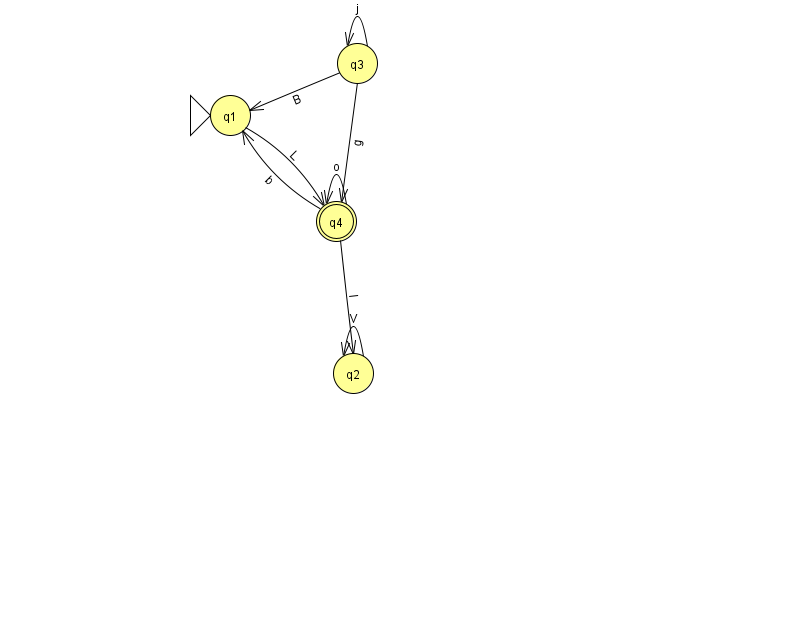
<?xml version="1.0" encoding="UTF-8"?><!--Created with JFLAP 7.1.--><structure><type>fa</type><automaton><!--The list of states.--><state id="1" name="q1"><x>230.0</x><y>102.0</y><initial/></state><state id="2" name="q2"><x>353.0</x><y>360.0</y></state><state id="3" name="q3"><x>357.0</x><y>50.0</y></state><state id="4" name="q4"><x>336.0</x><y>208.0</y><final/></state><!--The list of transitions.--><transition><from>3</from><to>1</to><read>B</read></transition><transition><from>3</from><to>4</to><read>g</read></transition><transition><from>4</from><to>1</to><read>b</read></transition><transition><from>2</from><to>2</to><read>V</read></transition><transition><from>4</from><to>2</to><read>l</read></transition><transition><from>3</from><to>3</to><read>j</read></transition><transition><from>1</from><to>4</to><read>L</read></transition><transition><from>4</from><to>4</to><read>o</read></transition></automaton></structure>